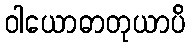
ဝါယောဓာတုယာပိ